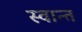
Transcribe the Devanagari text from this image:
स्वान्त